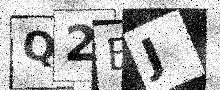
Text: Q2EJ